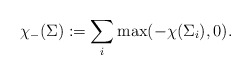
\begin{align*}\chi_-(\Sigma) := \sum_i \max( -\chi(\Sigma_i), 0).\end{align*}